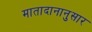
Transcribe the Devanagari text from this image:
मातादानानुसार